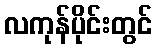
လကုန်ပိုင်းတွင်